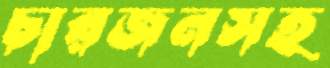
চারজনসহ